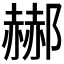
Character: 𲆟